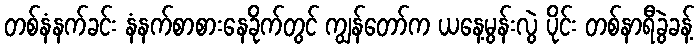
တစ်နံနက်ခင်း နံနက်စာစားနေခိုက်တွင် ကျွန်တော်က ယနေ့မွန်းလွဲ ပိုင်း တစ်နာရီခွဲခန့်